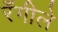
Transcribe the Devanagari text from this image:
रँगीले